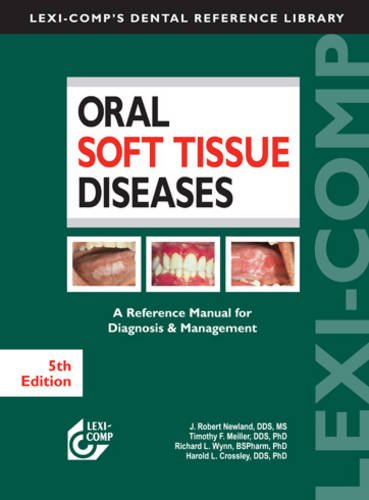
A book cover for Oral Soft Tissue Diseases: A Reference Manual for Diagnosis & Management; J. Robert Newland; Medical Books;